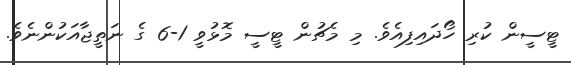
ޓީސީން ކުރި ހޯދައިފިއެވެ. މި މެޗުން ޓީސީ މޮޅުވީ 1-6 ގެ ނަތީޖާއަކުންނެވެ.